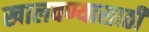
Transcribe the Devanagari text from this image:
खालवण्यासाठी